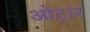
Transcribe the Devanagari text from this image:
ओट्रार